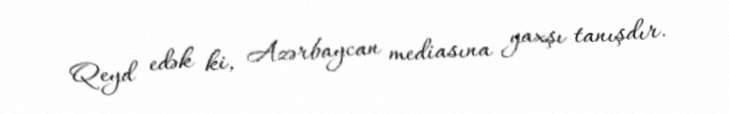
Qeyd edək ki, Azərbaycan mediasına yaxşı tanışdır.